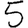
Digit: 5